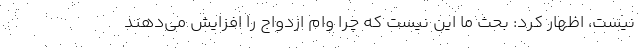
نیست، اظهار کرد: بحث ما این نیست که چرا وام ازدواج را افزایش می‌دهند